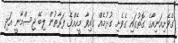
ގެވެށިއަނިއާގެ ގޮތުގައި ގެވެށި ގުޅުމެއް ގައިވާ މީހެއްގެ ފަރާތުން ލިބޭ ޖިސްމާނީ އަދި